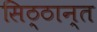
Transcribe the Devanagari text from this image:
सिठ्ठान्त